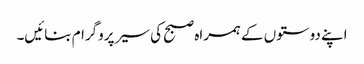
اپنے دوستوں کے ہمراہ صبح کی سیر پروگرام بنائیں۔